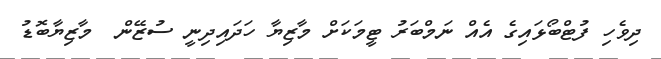
ދިވެހި ފުޓްބޯޅައިގެ އެއް ނަމްބަރު ޓީމަކަށް މާޒިޔާ ހަދައިދިނީ ސުޒޭން  މާޒިޔާބޮޑު